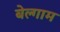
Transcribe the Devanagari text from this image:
बेल्गाम